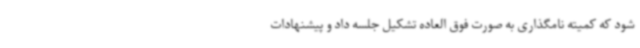
شود که کمیته نامگذاری به صورت فوق العاده تشکیل جلسه داد و پیشنهادات